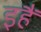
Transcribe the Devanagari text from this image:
इहैं